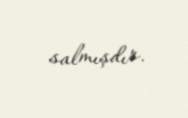
salmışdır.